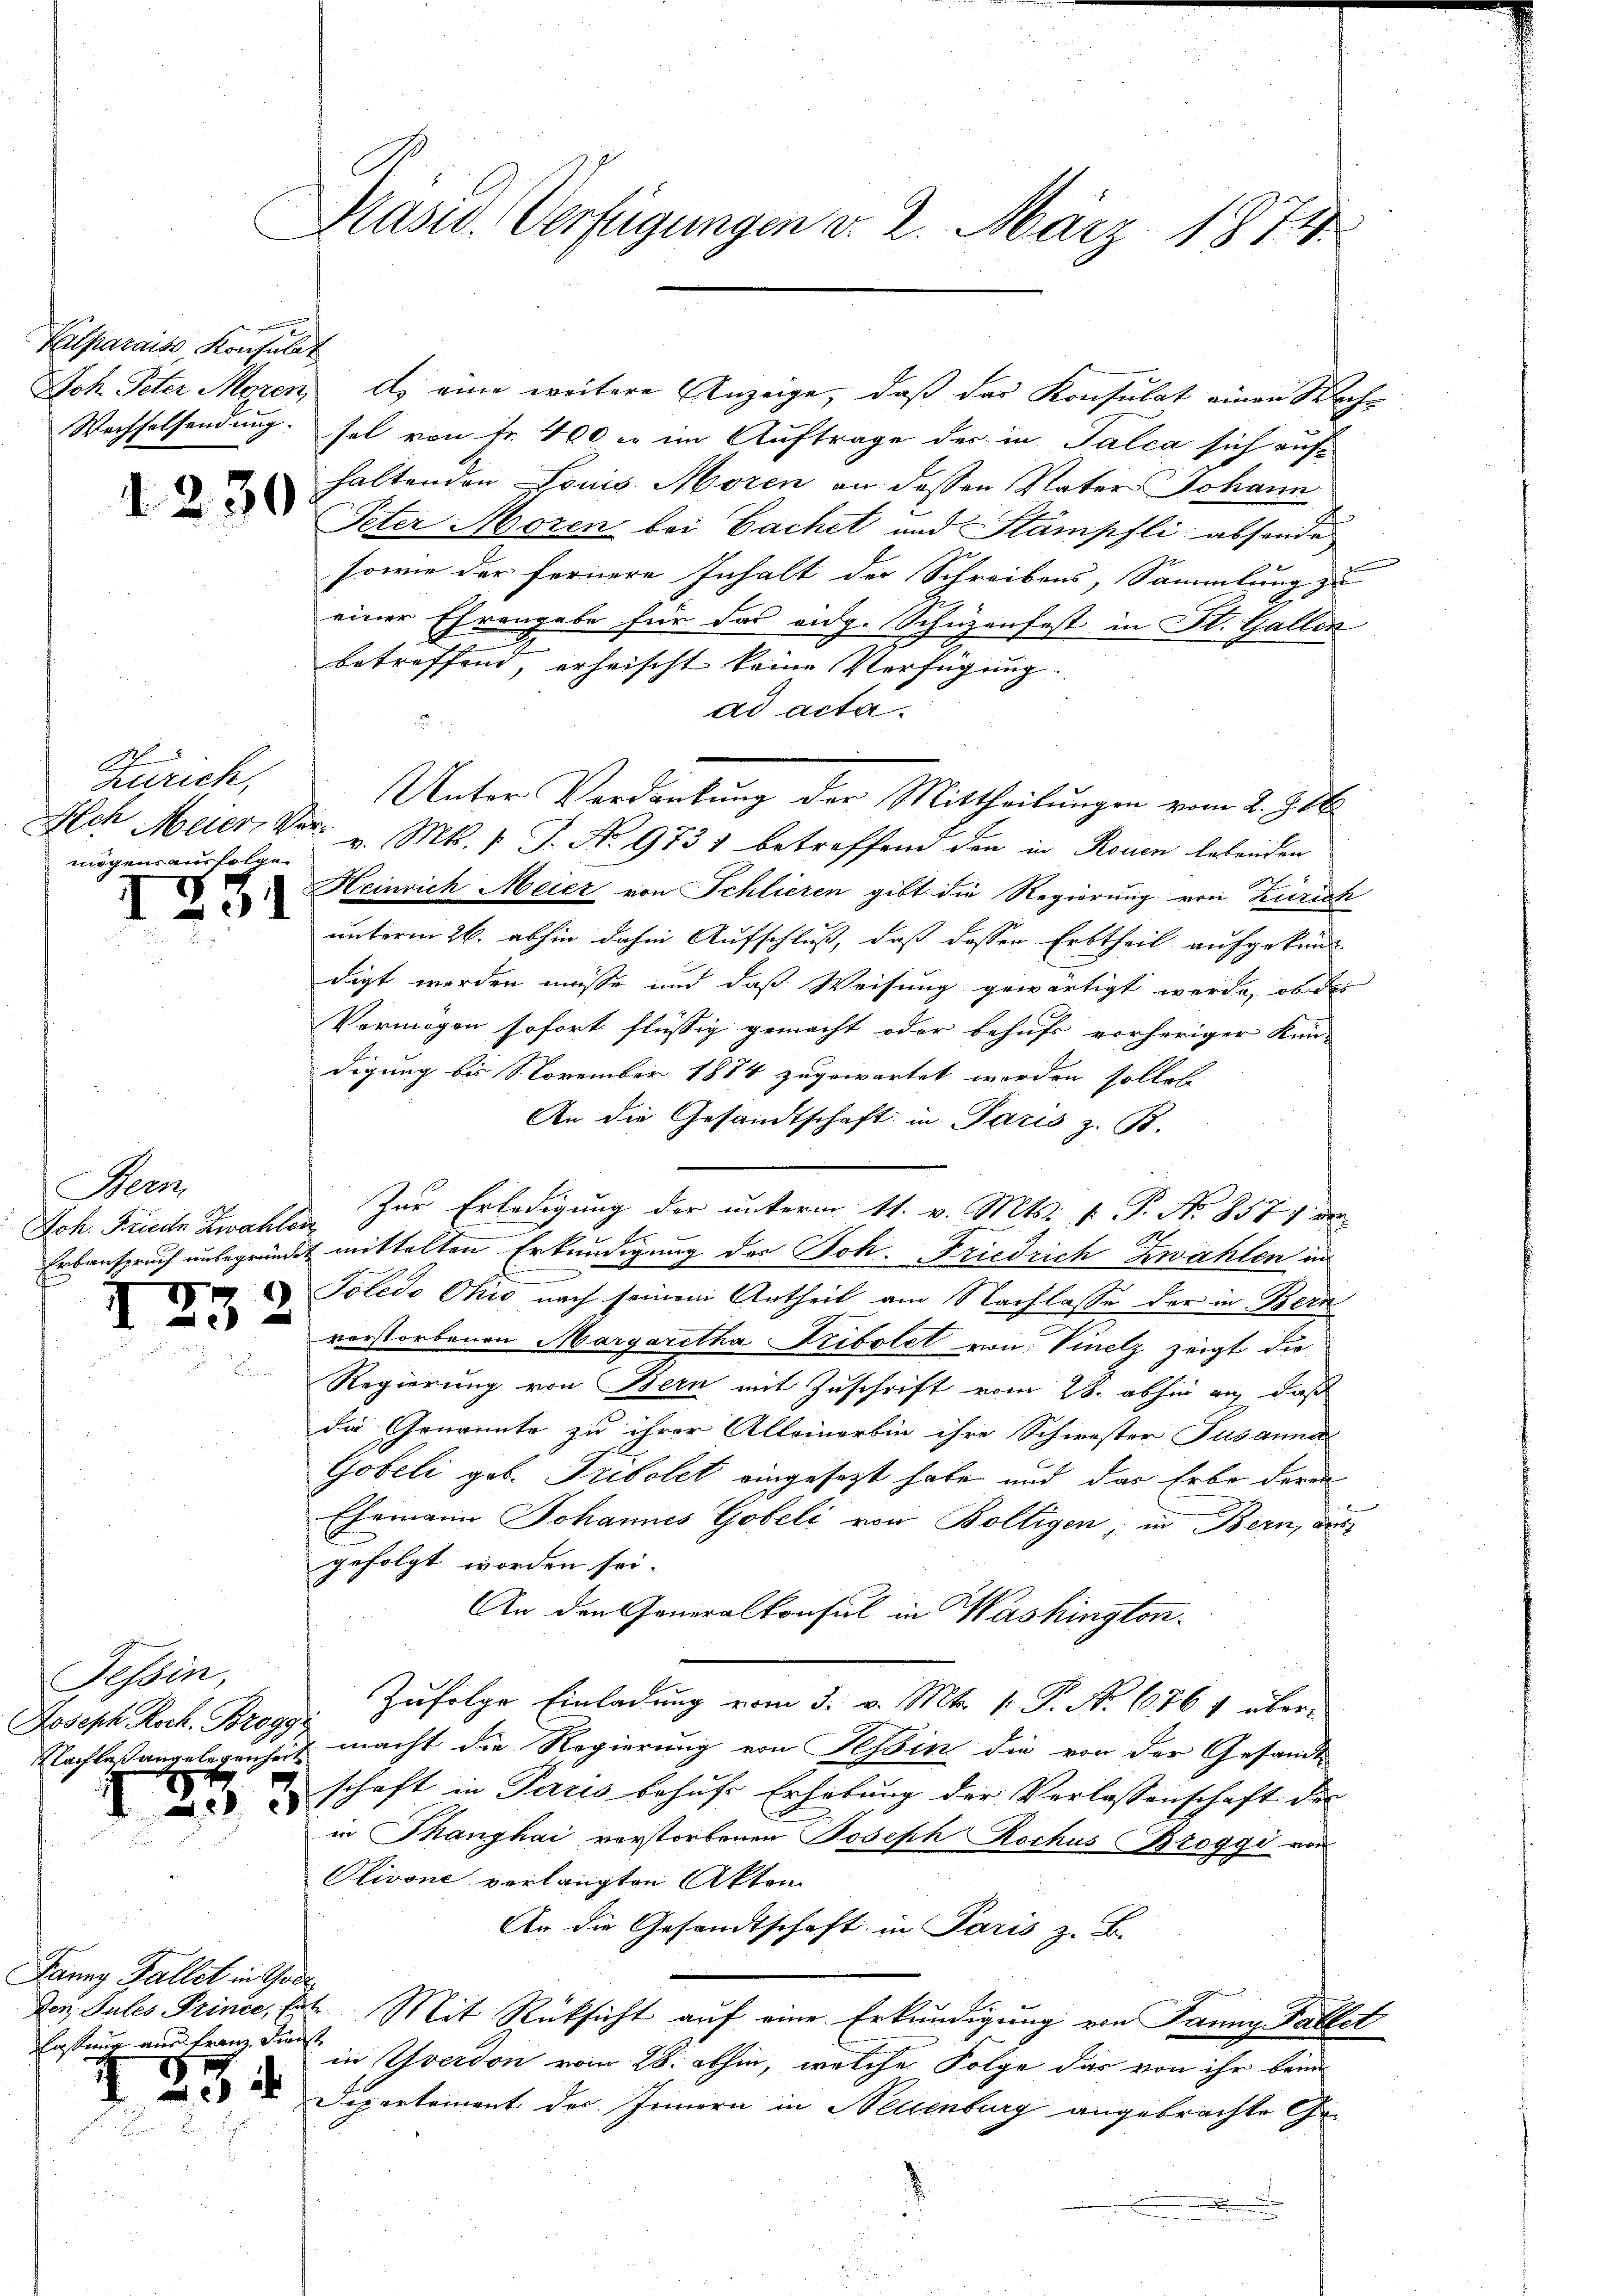
Kalparais, Konsulat

I

1230

Ad.
Zürich,
mögens ausfolgen.

1331

Bern
Joh. Friede Zwahlen
I9

I 20

Tessin,
Joseph Roch. Brogge

A

3

Frung Fallet in Tode
Casserung und Franz Dienst

3

Präsid. Verfügungen v. 2. März 1874.

Joh. Peter Moren d. eine weitere Anzeige, daß das Konsulat einen Wahr
Wechselsendung. sel von fr. 400 er im Auftrage der in Falca sich aufhaltenden Louis Moren an dessen Vater Johann
Peter Moren bei Sachet und Stämpfli absonde
sowie der fernere Inhalt der Schreibens, Sammlung zu
einer Ehrengabe für das eidg. Schüzenfest in St. Gallen
betreffend, erheischt keine Verfügung.
ad acta.
Iich Meier, Vor v. Mts. 1. J. No 9737 betreffend den in Rouen lebenden
Heinrich Meier von Schlieren gibt die Regierung von Zürich
unterm 26. abhin dahin Aufschluß, daß dessen Erbtheil aufgekünd
digt werden müsse und daß Weisung gewärtigt werde, ob des
Vermögen sofort flüssig gemacht oder behufs vorheriger Kin-
digung bis November 1884 zugewartet werden sollete
An die Gesandtschaft in Paris z. B.
Zur Erledigung der unterm 11. v. Mts. v. P. No 857 v. der
Erbanspruch unbegründet mittelten Erkundigung des Joh. Friedrich Zwahlen in
n
Toledo Ohio nach seinem Antheil am Nachlasse der in Beri
verstorbenen Margaretha Pribolet von Vinelz zeigt die
Regierung von Bern mit Zuschrift vom 28. abhin auf, daß
die Genannte zu ihrer Alleinerbin ihre Schwester Susanna
Göbeli geb. Fribolet eingesezt habe und das Erbe deren
Ehemann Johannes Gobeli von Boltigen, in Bern, aus
gefolgt worden sei.
An den Generalkonsul in Washington.
Zufolge Einladung vom 3. v. Mts. 1. P. Nr. 676 1 übern
Nachlaßangelegenheit macht die Regierung von Tessin die von der Gesandt-
schaft in Paris behuf Erhebung der Verlassenschaft des
in Thanghai verstorbenen Joseph Rochus Broggi von
Olivone vorlangten Akten
An die Gesandtschaft in Paris z. B.
Der Sules Prince, lt. Mit Rücksicht auf eine Erkundigung von Janny Fallet
in verdon vom 28. abhin, welche Folge das von ihr beim
Departement des Innern in Neuenburg angebrachte Ge¬
.

Unter Verdankung der Mittheilungen vom 2. 726